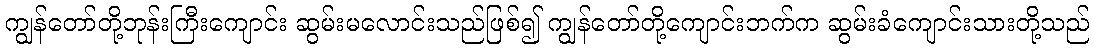
ကျွန်တော်တို့ဘုန်းကြီးကျောင်း ဆွမ်းမလောင်းသည်ဖြစ်၍ ကျွန်တော်တို့ကျောင်းဘက်က ဆွမ်းခံကျောင်းသားတို့သည်